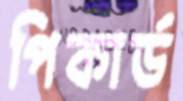
পিকার্ড